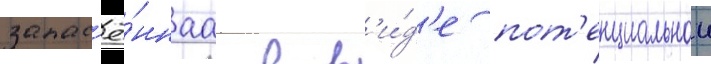
запас'ё́ннаа в в'и́д'е пот'енциальнои